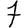
Digit: 7